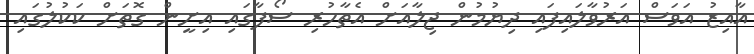
އާއިޒު އަވަސް އަރުވާލައިފައި ދިޔުމުން ޖިލާއަށް އެތާހުރި ސޯފާގައި އިށީން ގޮތަށް ކަކުލުގައި